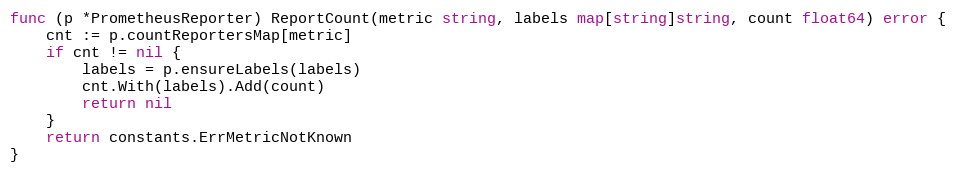
Language: Go
func (p *PrometheusReporter) ReportCount(metric string, labels map[string]string, count float64) error {
	cnt := p.countReportersMap[metric]
	if cnt != nil {
		labels = p.ensureLabels(labels)
		cnt.With(labels).Add(count)
		return nil
	}
	return constants.ErrMetricNotKnown
}